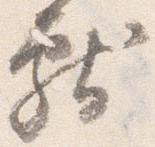
献